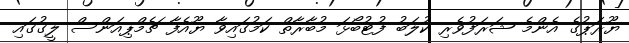
ޔޫރަޕުގެ އެންމެ ޝަރަފުވެރި ކުލަބު ފުޓުބޯޅަ މުބާރާތް ކަމުގައިވާ ޔޫއެފާ ޗެމްޕިއަންސް ލީގުގައި